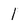
Character: 1